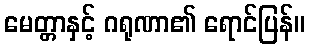
မေတ္တာနှင့် ဂရုဏာ၏ ရောင်ပြန်။